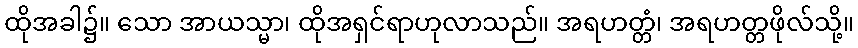
ထိုအခါ၌။ သော အာယသ္မာ၊ ထိုအရှင်ရာဟုလာသည်။ အရဟတ္တံ၊ အရဟတ္တဖိုလ်သို့။